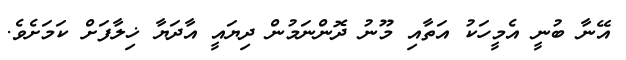
އޭނާ ބުނީ އެމީހަކު އަތާއި މޫނު ދޮންނަމުން ދިޔައީ އާދަޔާ ޚިލާފަށް ކަމަށެވެ.